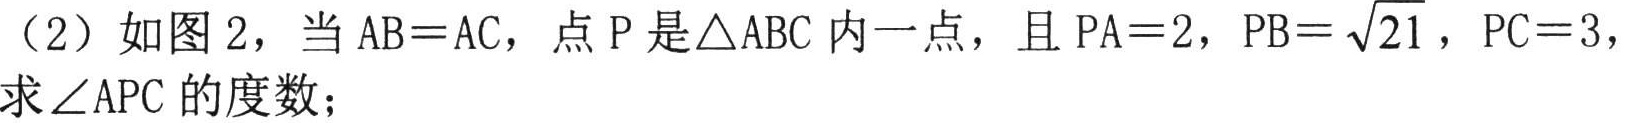
（2）如图 2，当\(AB = AC\)，点\(P\)是\(\triangle ABC\)内一点，且\(PA = 2\)，\(PB=\sqrt{21}\)，\(PC = 3\)，求\(\angle APC\)的度数；